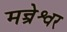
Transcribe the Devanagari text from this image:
मन्त्रेश्वर